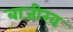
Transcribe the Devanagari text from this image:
बाजीरव